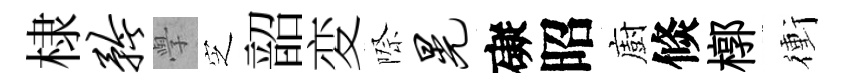
棣矜𭓕㝎韶変際晃礙昭廚倐槨衝